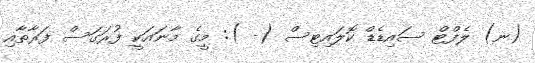
(ނ) ލެފްޓް ސައިޑެޑް ކޮލައިޓިސް (- ): މީގެ މާނައަކީ ފުރަގަސް ފަރާތާއި